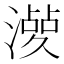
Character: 𣿤